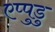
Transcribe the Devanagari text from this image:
एप्पुडु